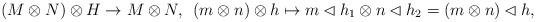
LaTeX: \begin{align*}(M\otimes N)\otimes H\to M\otimes N,\:\: (m\otimes n)\otimes h\mapsto m\lhd h_1\otimes n\lhd h_2=(m\otimes n)\lhd h,\end{align*}